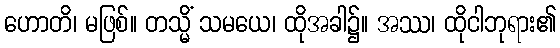
ဟောတိ၊ မဖြစ်။ တသ္မိံ သမယေ၊ ထိုအခါ၌။ အဿ၊ ထိုငါဘုရား၏